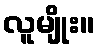
လူမျိုး။